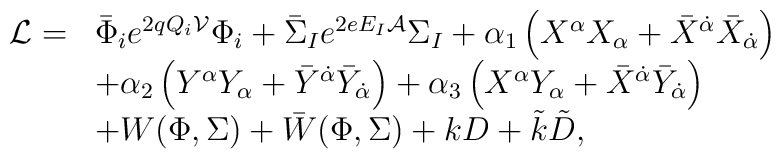
\begin{array}{rl}{\cal L}= &\bar \Phi_i  e^{2 q Q_i {\cal V}} \Phi_i +\bar \Sigma_I e^{2 e E_I{\cal A}} \Sigma_I  +\alpha_1 \left(  X^\alpha  X_\alpha +\bar X^{\dot{\alpha}} \bar X_{\dot{\alpha}}\right) \\&+ \alpha_2 \left( Y^\alpha Y_\alpha +\bar Y^{\dot{\alpha}} \bar Y_{\dot{\alpha}}\right)+\alpha_3 \left( X^\alpha Y_\alpha +\bar X^{\dot{\alpha}} \bar Y_{\dot{\alpha}}\right)\\&+ W(\Phi,\Sigma) + \bar W(\Phi,\Sigma ) + k D + \tilde k \tilde D,\end{array}